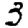
Digit: 3